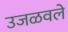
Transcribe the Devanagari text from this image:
उजळवले